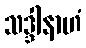
သဒ္ဒါနာဟံ